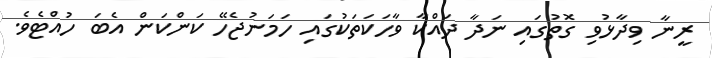
ރީނާ ވިދާޅުވި ގޮތުގައި ނަދާ ދައްކާ ވާހަކަތަކުގައި ހަމަނުޖެހޭ ކަންކަން އެބަ ހުއްޓެވެ.